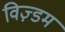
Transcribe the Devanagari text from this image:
विज़्डम